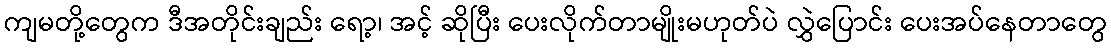
ကျမတို့တွေက ဒီအတိုင်းချည်း ရော့၊ အင့် ဆိုပြီး ပေးလိုက်တာမျိုးမဟုတ်ပဲ လွှဲပြောင်း ပေးအပ်နေတာတွေ